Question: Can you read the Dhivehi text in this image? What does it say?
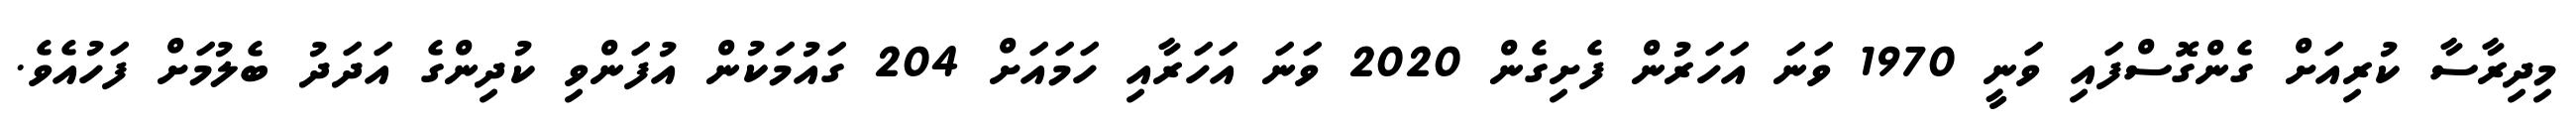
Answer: މިދިރާސާ ކުރިއަށް ގެންގޮސްފައި ވަނީ 1970 ވަނަ އަހަރުން ފެށިގެން 2020 ވަނަ އަހަރާއި ހަމައަށް 204 ގައުމަކުން އުފަންވި ކުދިންގެ އަދަދު ބެލުމަށް ފަހުއެވެ.